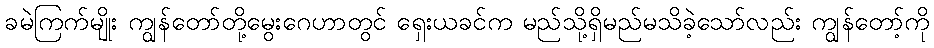
ခမဲကြက်မျိုး ကျွန်တော်တို့မွေးဂေဟာတွင် ရှေးယခင်က မည်သို့ရှိမည်မသိခဲ့သော်လည်း ကျွန်တော့်ကို